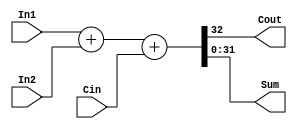
module FA_dataflow (Cout, Sum,In1,In2,Cin);
input[31:0] In1,In2;
input Cin;
output Cout;
output[31:0] Sum;
assign {Cout,Sum}=In1+In2+Cin;
endmodule